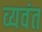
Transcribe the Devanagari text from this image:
व्यवंत